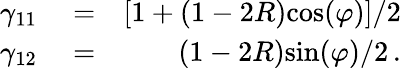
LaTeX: \begin{array}{rlr}{\gamma_{11}}&{{}=}&{[1+(1-2R)\mathrm{cos}(\varphi)]/2}\\ {\gamma_{12}}&{{}=}&{(1-2R)\mathrm{sin}(\varphi)/2\, .}\end{array}